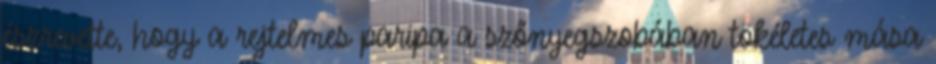
észrevette, hogy a rejtelmes paripa a szőnyegszobában tökéletes mása